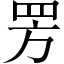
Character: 𬙙